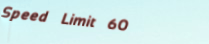
Speed Limit 60